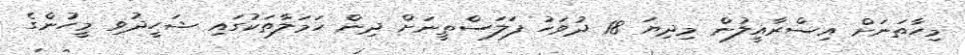
މިހާތަނަށް އިސްރާއީލުން މިދިޔަ 18 ދުވަހު ފަލަސްތީނަށް ދިން ހަމަލާތަކުގައި ޝަހީދުވި މީހުންގެ